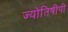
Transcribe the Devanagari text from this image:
ज्योतिषीपी